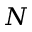
N